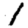
Digit: 1